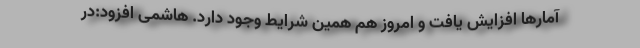
آمار‌ها افزایش یافت و امروز هم همین شرایط وجود دارد. هاشمی افزود:در